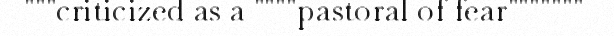
"""criticized as a """"pastoral of fear"""""""